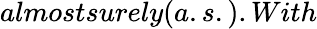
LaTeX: almostsurely(a.s.).With